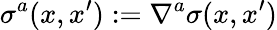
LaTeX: \sigma^{a}(x,x^{\prime}):=\nabla^{a}\sigma(x,x^{\prime})